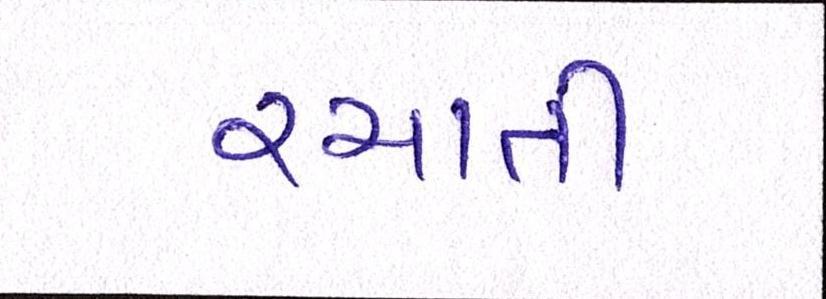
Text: રચાતી